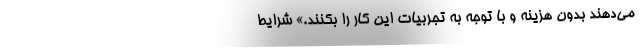
می‌دهند بدون هزینه و با توجه به تجربیات این کار را بکنند.» شرایط